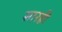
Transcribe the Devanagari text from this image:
सारही